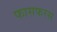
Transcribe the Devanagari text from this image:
फासफरस